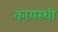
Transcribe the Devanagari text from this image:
कायस्थी